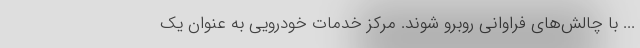
... با چالش‌های فراوانی روبرو شوند. مرکز خدمات خودرویی به عنوان یک